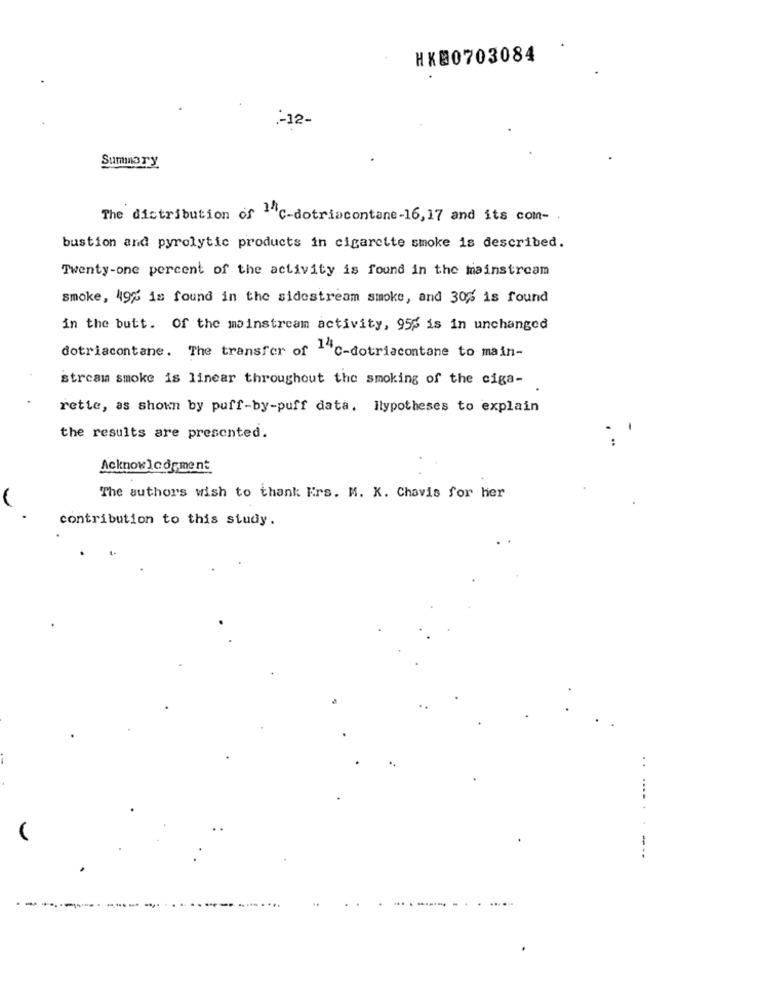
HK00703084
.- 12-
Summary
The distribution of 1"c-dotriacontane-16,17 and its con-
bustion and pyrolytic products in cigarette smoke is described.
Twenty-one percent of the activity is found in the mainstream
smoke, 49% is found in the sidestream smoke, and 30% is found
in the butt. Of the mainstream activity, 955 is in unchanged
dotriacontane. The transfer of -"C-dotriacontane to main-
stream smoke is linear throughout the smoking of the ciga-
rette, as shown by puff-by-puff data. Hypotheses to explain
the results are presented.
Acknowledgment
The authors wish to thank Ers. M. K. Chavis for her
contribution to this study.
...... .
-
....
---